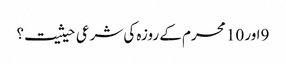
9اور 10 محرم کے روزہ کی شرعی حیثیت؟